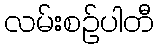
လမ်းစဉ်ပါတီ